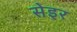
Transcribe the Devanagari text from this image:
सेइर